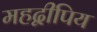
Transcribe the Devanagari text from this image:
महद्वीपिय